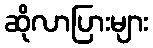
ဆိုလာပြားများ